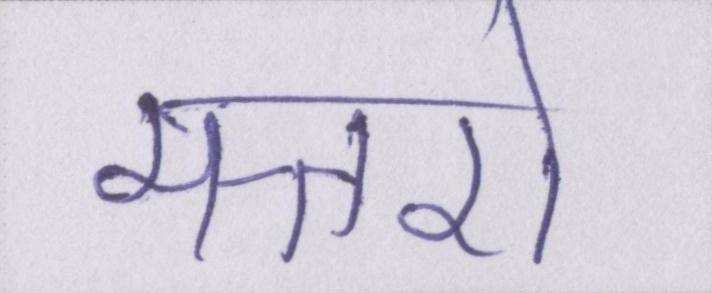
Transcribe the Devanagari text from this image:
मन्तरो